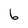
Character: 6